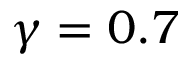
\gamma = 0 . 7